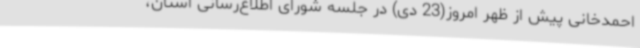
احمدخانی پیش از ظهر امروز(23 دی) در جلسه شورای اطلاع‌رسانی استان،